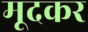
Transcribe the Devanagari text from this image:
मूदकर